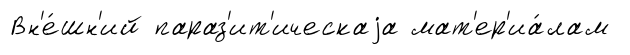
Вн'е́шн'ий параз'ит'ическаjа мат'ер'иа́лам